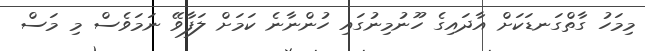
މިމަހު ގާތްގަނޑަކަށް އާދައިގެ ހޫނުމިނުގައި ހުންނާނެ ކަމަށް ލަފާވޭ ނަމަވެސް މި މަސް